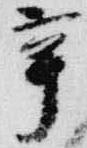
辛